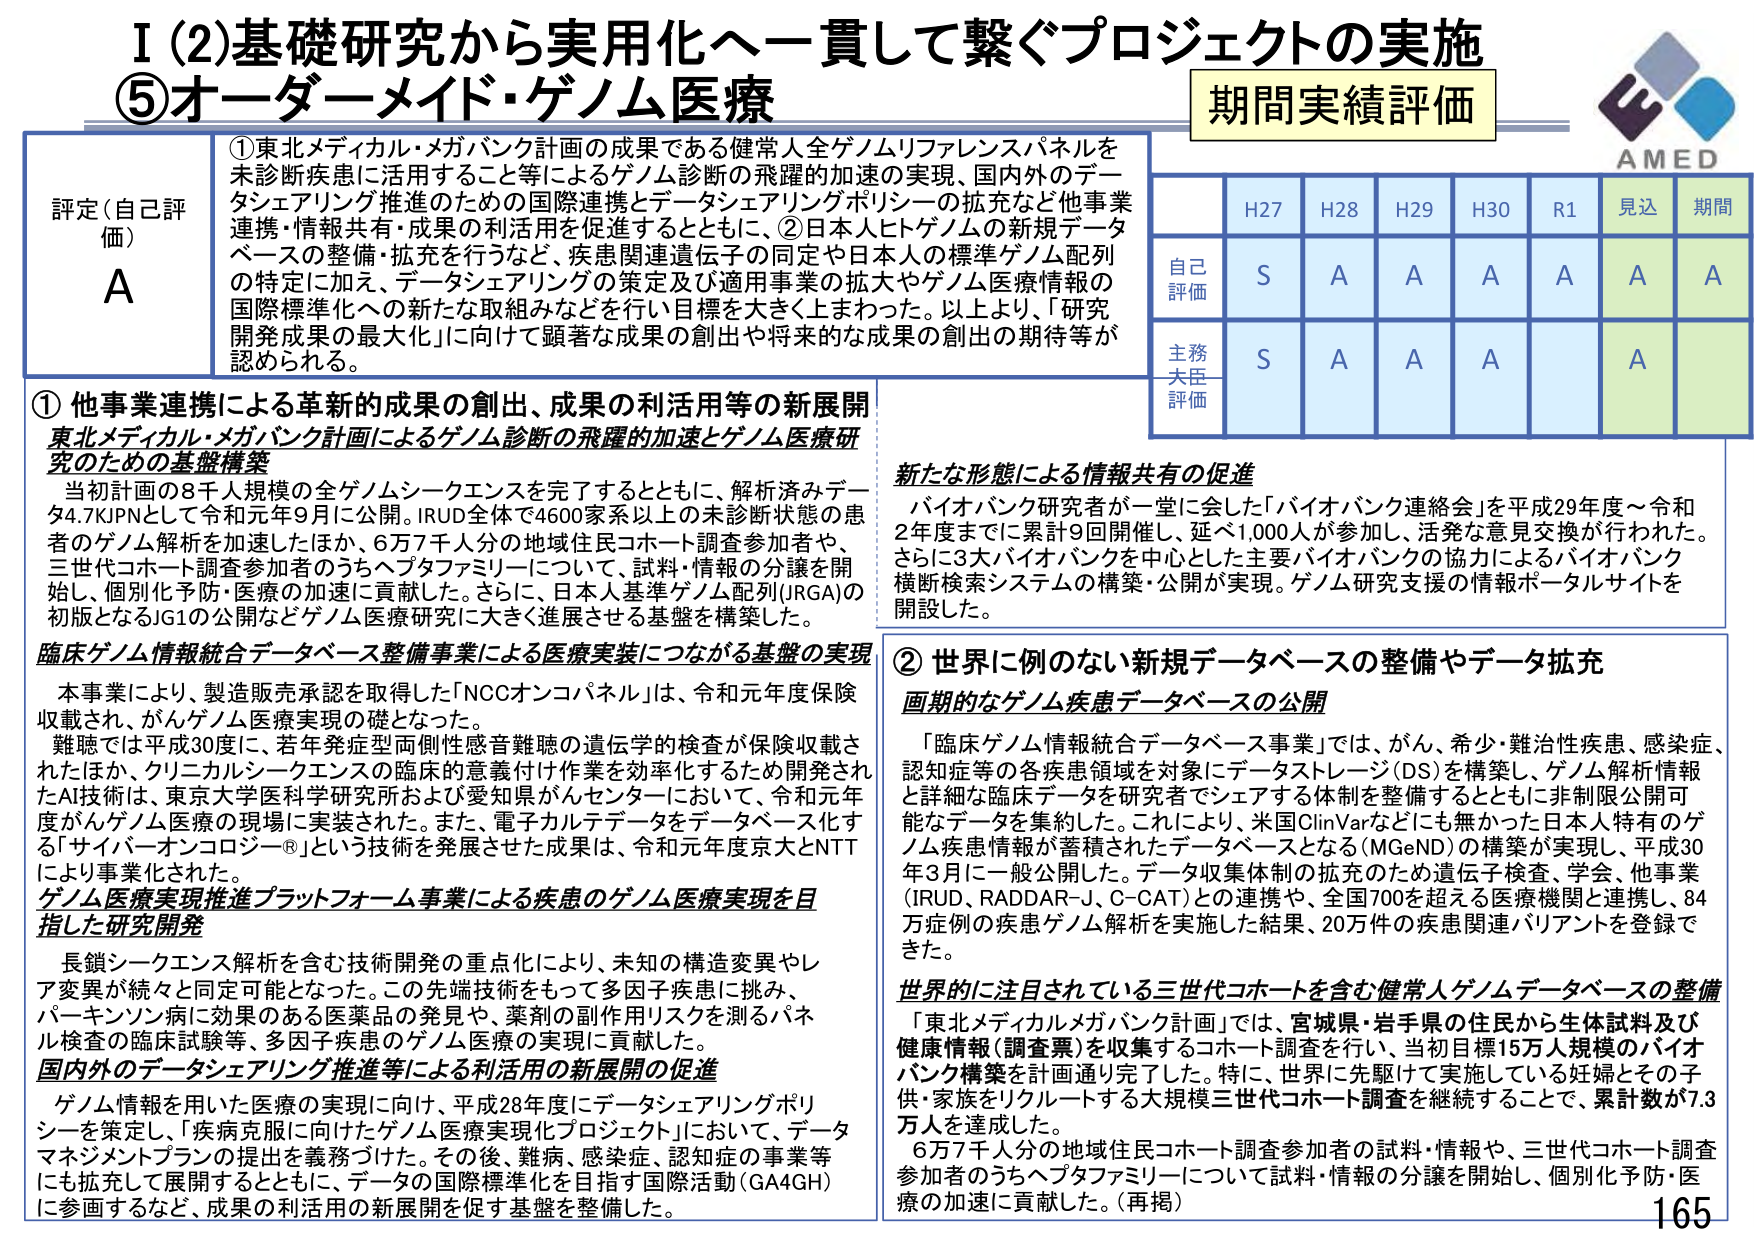
I (2)基礎研究から実用化へ一貫して繋ぐプロジェクトの実施
⑤オーダーメイド・ゲノム医療

期間実績評価

評定（自己評価）
A

①東北メディカル・メガバンク計画の成果である健常人全ゲノムリファレンスパネルを未診断疾患に活用すること等によるゲノム診断の飛躍的加速の実現、国内外のデータシェアリング推進のための国際連携とデータシェアリングポリシーの拡充など他事業連携・情報共有・成果の利活用を促進するとともに、②日本人ヒトゲノムの新規データベースの整備・拡充を行うなど、疾患関連遺伝子の同定や日本人の標準ゲノム配列の特定に加え、データシェアリングの策定及び適用事業の拡大やゲノム医療情報の国際標準化への新たな取組みなどを行い目標を大きく上まわった。以上より、「研究開発成果の最大化」に向けて顕著な成果の創出や将来的な成果の創出の期待等が認められる。

① 他事業連携による革新的成果の創出、成果の利活用等の新展開
東北メディカル・メガバンク計画によるゲノム診断の飛躍的加速とゲノム医療研究のための基盤構築
当初計画の8千人規模の全ゲノムシーケンスを完了するとともに、解析済みデータ4.7KJPNとして令和元年9月に公開。IRUD全体で4600家系以上の未診断状態の患者のゲノム解析を加速したほか、6万7千人分の地域住民コホート調査参加者や、三世代コホート調査参加者のうちヘブタファミリーについて、試料・情報の分譲を開始し、個別化予防・医療の加速に貢献した。さらに、日本人基準ゲノム配列(JRGA)の初版となるJG1の公開などゲノム医療研究に大きく進展させる基盤を構築した。

臨床ゲノム情報統合データベース整備事業による医療実装につながる基盤の実現
本事業により、製造販売承認を取得した「NCCオンコパネル」は、令和元年度保険収載され、がんゲノム医療実現の礎となった。
難聴では平成30度に、若年発症型両側性感音難聴の遺伝学的検査が保険収載されたほか、クリニカルシーケンスの臨床的意義付け作業を効率化するため開発されたAI技術は、東京大学医科学研究所および愛知県がんセンターにおいて、令和元年度がんゲノム医療の現場に実装された。また、電子カルテデータをデータベース化する「サイバーオンコロジー®」という技術を発展させた成果は、令和元年度京大とNTTにより事業化された。

ゲノム医療実現推進プラットフォーム事業による疾患のゲノム医療実現を目指した研究開発
長鎖シーケンス解析を含む技術開発の重点化により、未知の構造変異やレア変異が続々と同定可能となった。この先端技術をもって多因子疾患に挑む、パーキンソン病に効果のある医薬品の発見や、薬剤の副作用リスクを測るパネル検査の臨床試験等、多因子疾患のゲノム医療の実現に貢献した。

国内外のデータシェアリング推進等による利活用の新展開の促進
ゲノム情報を用いた医療の実現に向け、平成28年度にデータシェアリングポリシーを策定し、「疾病克服に向けたゲノム医療実現化プロジェクト」において、データマネジメントプランの提出を義務づけた。その後、難病、感染症、認知症の事業等にも拡充して展開するとともに、データの国際標準化を目指す国際活動（GA4GH）に参画するなど、成果の利活用の新展開を促す基盤を整備した。

新たな形態による情報共有の促進
バイオバンク研究者が一堂に会した「バイオバンク連絡会」を平成29年度～令和2年度までに累計9回開催し、延べ1,000人が参加し、活発な意見交換が行われた。さらに3大バイオバンクを中心とした主要バイオバンクの協力によるバイオバンク横断検索システムの構築・公開が実現。ゲノム研究支援の情報ポータルサイトを開設した。

② 世界に例のない新規データベースの整備やデータ拡充
画期的なゲノム疾患データベースの公開
「臨床ゲノム情報統合データベース事業」では、がん、希少・難治性疾患、感染症、認知症等の各疾患領域を対象にデータストレージ（DS）を構築し、ゲノム解析情報と詳細な臨床データを研究者でシェアする体制を整備するとともに非制限公開可能なデータを集約した。これにより、米国ClinVarなどにも無かった日本人特有のゲノム疾患情報が蓄積されたデータベースとなる（MGeND）の構築が実現し、平成30年3月に一般公開した。データ収集体制の拡充のため遺伝子検査、学会、他事業（IRUD、RADDAR-J、C-CAT）との連携や、全国700を超える医療機関と連携し、84万症例の疾患ゲノム解析を実施した結果、20万件の疾患関連バリアントを登録できた。

世界的に注目されている三世代コホートを含む健常人ゲノムデータベースの整備
「東北メディカルメガバンク計画」では、宮城県・岩手県の住民から生体試料及び健康情報（調査票）を収集するコホート調査を行い、当初目標15万人規模のバイオバンク構築を計画通り完了した。特に、世界に先駆けて実施している妊婦とその子供・家族をリクルートする大規模三世代コホート調査を継続することで、累計数が7.3万人を達成した。
6万7千人分の地域住民コホート調査参加者の試料・情報や、三世代コホート調査参加者のうちヘブタファミリーについて試料・情報の分譲を開始し、個別化予防・医療の加速に貢献した。（再掲）

H27 H28 H29 H30 R1 見込 期間
自己評価 S A A A A A A
主務大臣評価 S A A A A

AMED
165